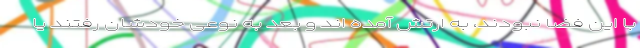
با این فضا نبودند، به ارتش آمده اند و بعد به نوعی خودشان رفتند یا